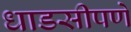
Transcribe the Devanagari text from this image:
धाडसीपणे